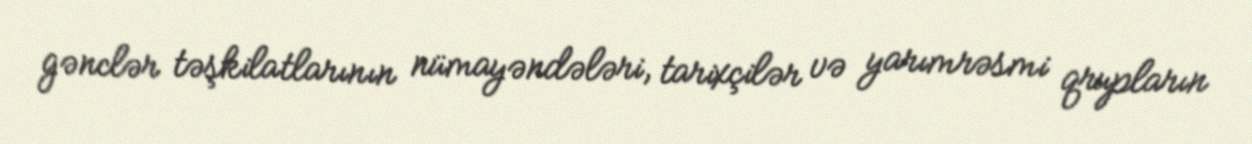
gənclər təşkilatlarının nümayəndələri, tarixçilər və yarımrəsmi qrupların